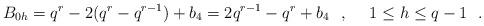
LaTeX: \begin{align*} B_{0h} = q^r-2(q^r-q^{r-1}) +b_4 = 2q^{r-1}-q^r+b_4 ~~,~~ ~~1\leq h \leq q-1 ~~. \end{align*}